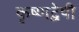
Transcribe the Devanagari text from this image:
कृष्णद्वेषी